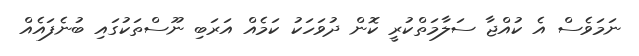
ނަމަވެސް އެ ކުއްޖާ ސަލާމަތްކުރީ ކޮން ދުވަހަކު ކަމެއް އަރަބި ނޫސްތަކުގައި ބުނެފައެއް